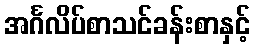
အင်္ဂလိပ်စာသင်ခန်းစာနှင့်